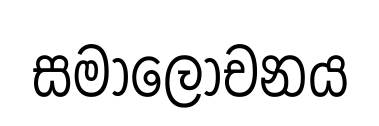
සමාලොචනය